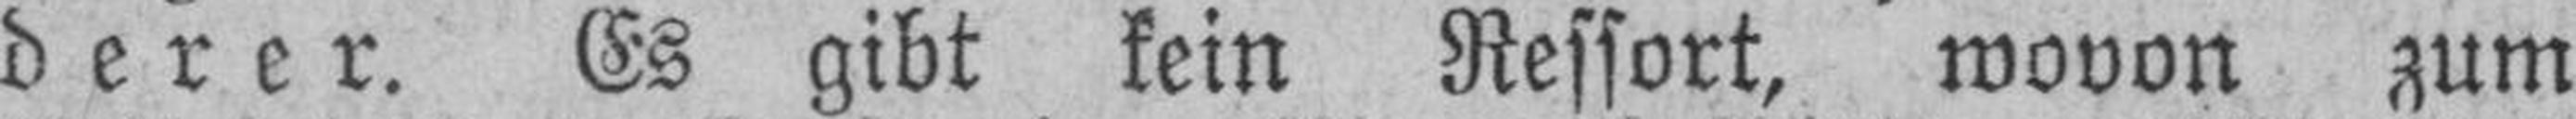
derer. Es gibt kein Ressort, wovon zum